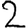
Digit: 2